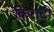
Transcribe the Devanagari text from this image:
किराटी